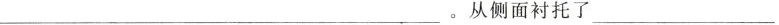
___从侧面衬托了___